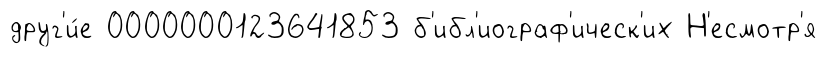
друг'и́е 0000000123641853 б'ибл'иограф'ическ'их Н'есмотр'я